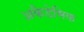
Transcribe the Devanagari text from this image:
अकैडेमिक